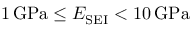
1 \, \mathrm { G P a } \leq E _ { \mathrm { S E I } } < 1 0 \, \mathrm { G P a }